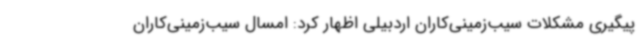
پیگیری مشکلات سیب‌زمینی‌کاران اردبیلی اظهار کرد: امسال سیب‌زمینی‌کاران